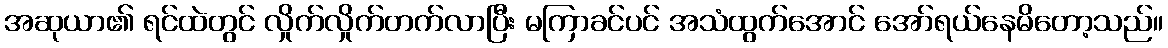
အဆုယာ၏ ရင်ထဲတွင် လှိုက်လှိုက်တက်လာပြီး မကြာခင်ပင် အသံထွက်အောင် အော်ရယ်နေမိတော့သည်။